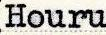
Houru